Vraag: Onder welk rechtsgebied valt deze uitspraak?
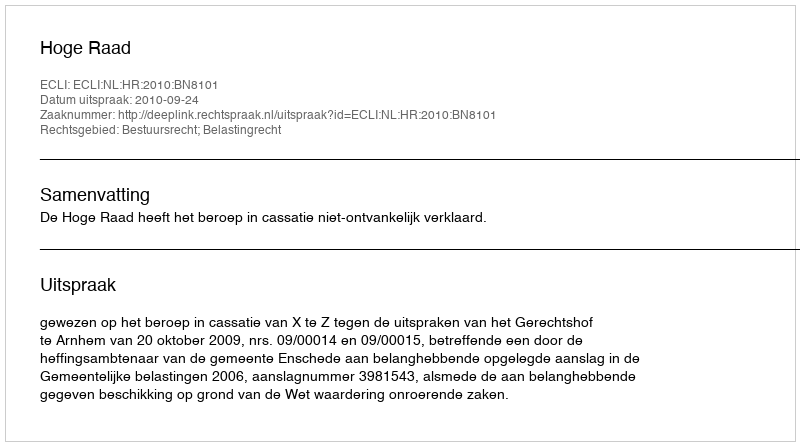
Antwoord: Bestuursrecht; Belastingrecht